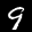
Label: 9